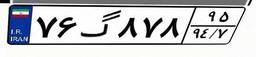
۷۶گ۸۷۸۹۵